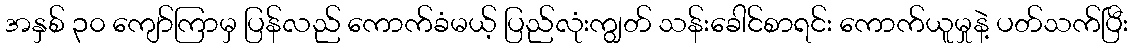
အနှစ် ၃၀ ကျော်ကြာမှ ပြန်လည် ကောက်ခံမယ့် ပြည်လုံးကျွတ် သန်းခေါင်စာရင်း ကောက်ယူမှုနဲ့ ပတ်သက်ပြီး